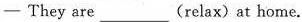
—They are ___(relax) at home.